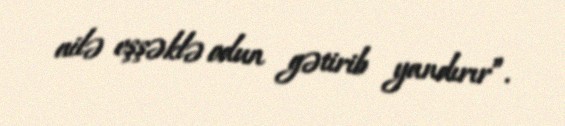
ailə eşşəklə odun gətirib yandırır”.